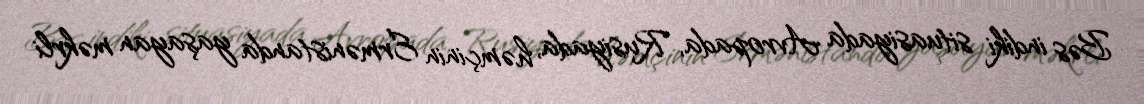
Bəs indiki situasiyada Avropada, Rusiyada, həmçinin Ermənistanda yaşayan məkrli